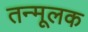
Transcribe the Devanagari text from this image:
तन्मूलक